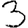
Digit: 3